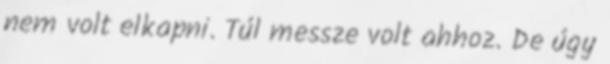
nem volt elkapni. Túl messze volt ahhoz. De úgy